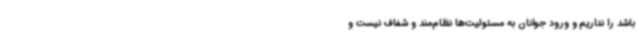
باشد را نداریم و ورود جوانان به مسئولیت‌ها نظام‌مند و شفاف نیست و